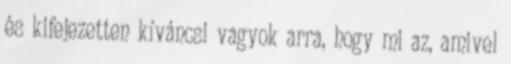
és kifejezetten kíváncsi vagyok arra, hogy mi az, amivel